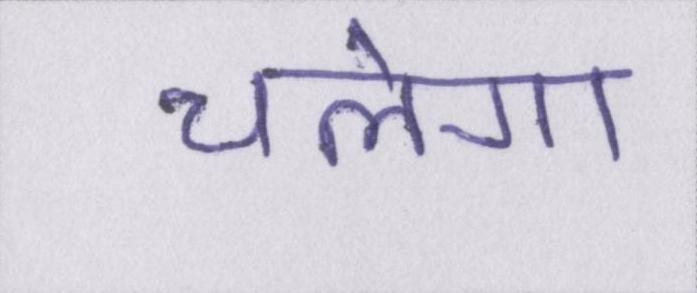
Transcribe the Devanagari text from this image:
चलेगा